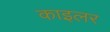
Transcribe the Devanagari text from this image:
काइलर